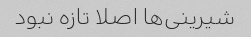
شیرینی‌ها اصلا تازه نبود